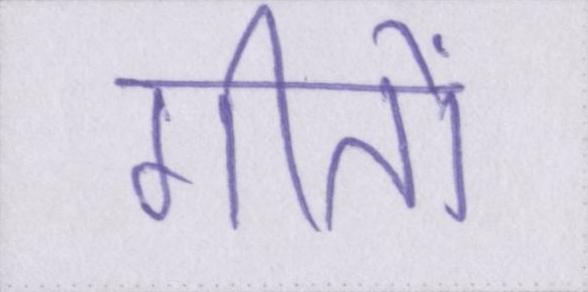
गीतों